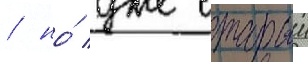
/ но́ уже старыи